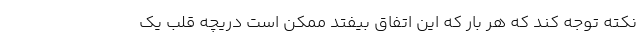
نکته توجه کند که هر بار که این اتفاق بیفتد ممکن است دریچه قلب یک